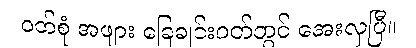
ဝတ်စုံ အဖျား ခြေချင်းဝတ်တွင် အေးလှပြီ။